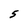
Character: 5